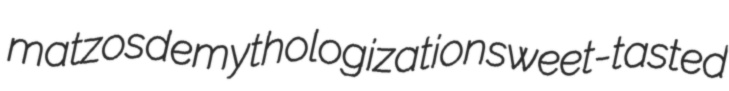
matzos demythologization sweet-tasted